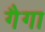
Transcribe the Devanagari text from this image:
गैगा